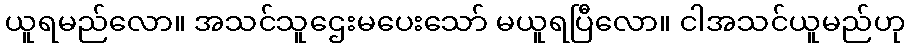
ယူရမည်လော။ အသင်သူဌေးမပေးသော် မယူရပြီလော။ ငါအသင်ယူမည်ဟု